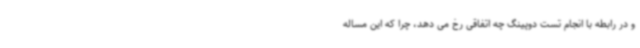
و در رابطه با انجام تست دوپینگ چه اتفاقی رخ می دهد، چرا که این مساله